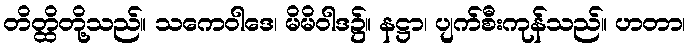
တိတ္ထိတို့သည်။ သကေဝါဒေ၊ မိမိဝါဒ၌။ နဋ္ဌာ၊ ပျက်စီးကုန်သည်။ ဟတာ၊